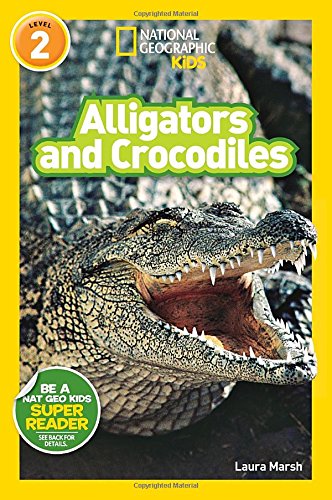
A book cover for National Geographic Readers: Alligators and Crocodiles; Laura Marsh; Children's Books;